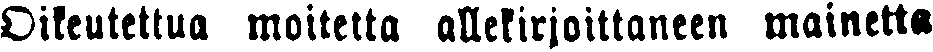
Oikeutettua moitetta allekirjoittaneen mainetta